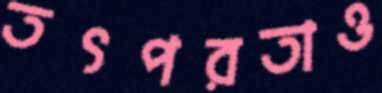
তৎপরতাও